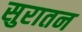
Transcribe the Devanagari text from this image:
सुरातन